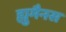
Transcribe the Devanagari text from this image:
ह्युमैनस